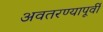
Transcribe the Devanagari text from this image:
अवतरण्यापूर्वी